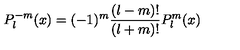
P _ { l } ^ { - m } ( x ) = ( - 1 ) ^ { m } \frac { ( l - m ) ! } { ( l + m ) ! } P _ { l } ^ { m } ( x )